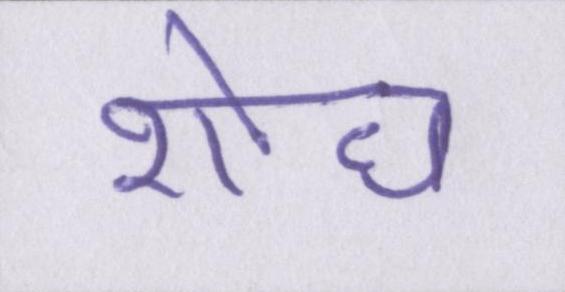
शोध